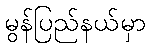
မွန်ပြည်နယ်မှာ